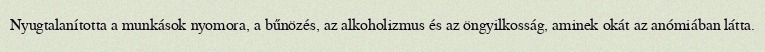
Nyugtalanította a munkások nyomora, a bűnözés, az alkoholizmus és az öngyilkosság, aminek okát az anómiában látta.